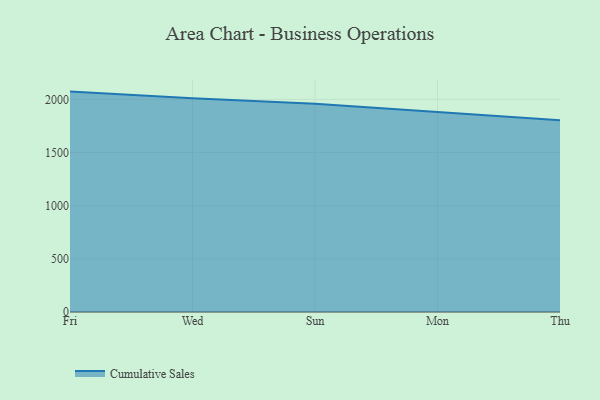
{"axis": {"x": "Day", "y": "Active Users"}, "legend": ["Cumulative Sales"], "data": [{"x": "Fri", "y": 2073.3, "type": "Cumulative Sales"}, {"x": "Wed", "y": 2009.9, "type": "Cumulative Sales"}, {"x": "Sun", "y": 1959.8, "type": "Cumulative Sales"}, {"x": "Mon", "y": 1882.8, "type": "Cumulative Sales"}, {"x": "Thu", "y": 1802.8, "type": "Cumulative Sales"}]}